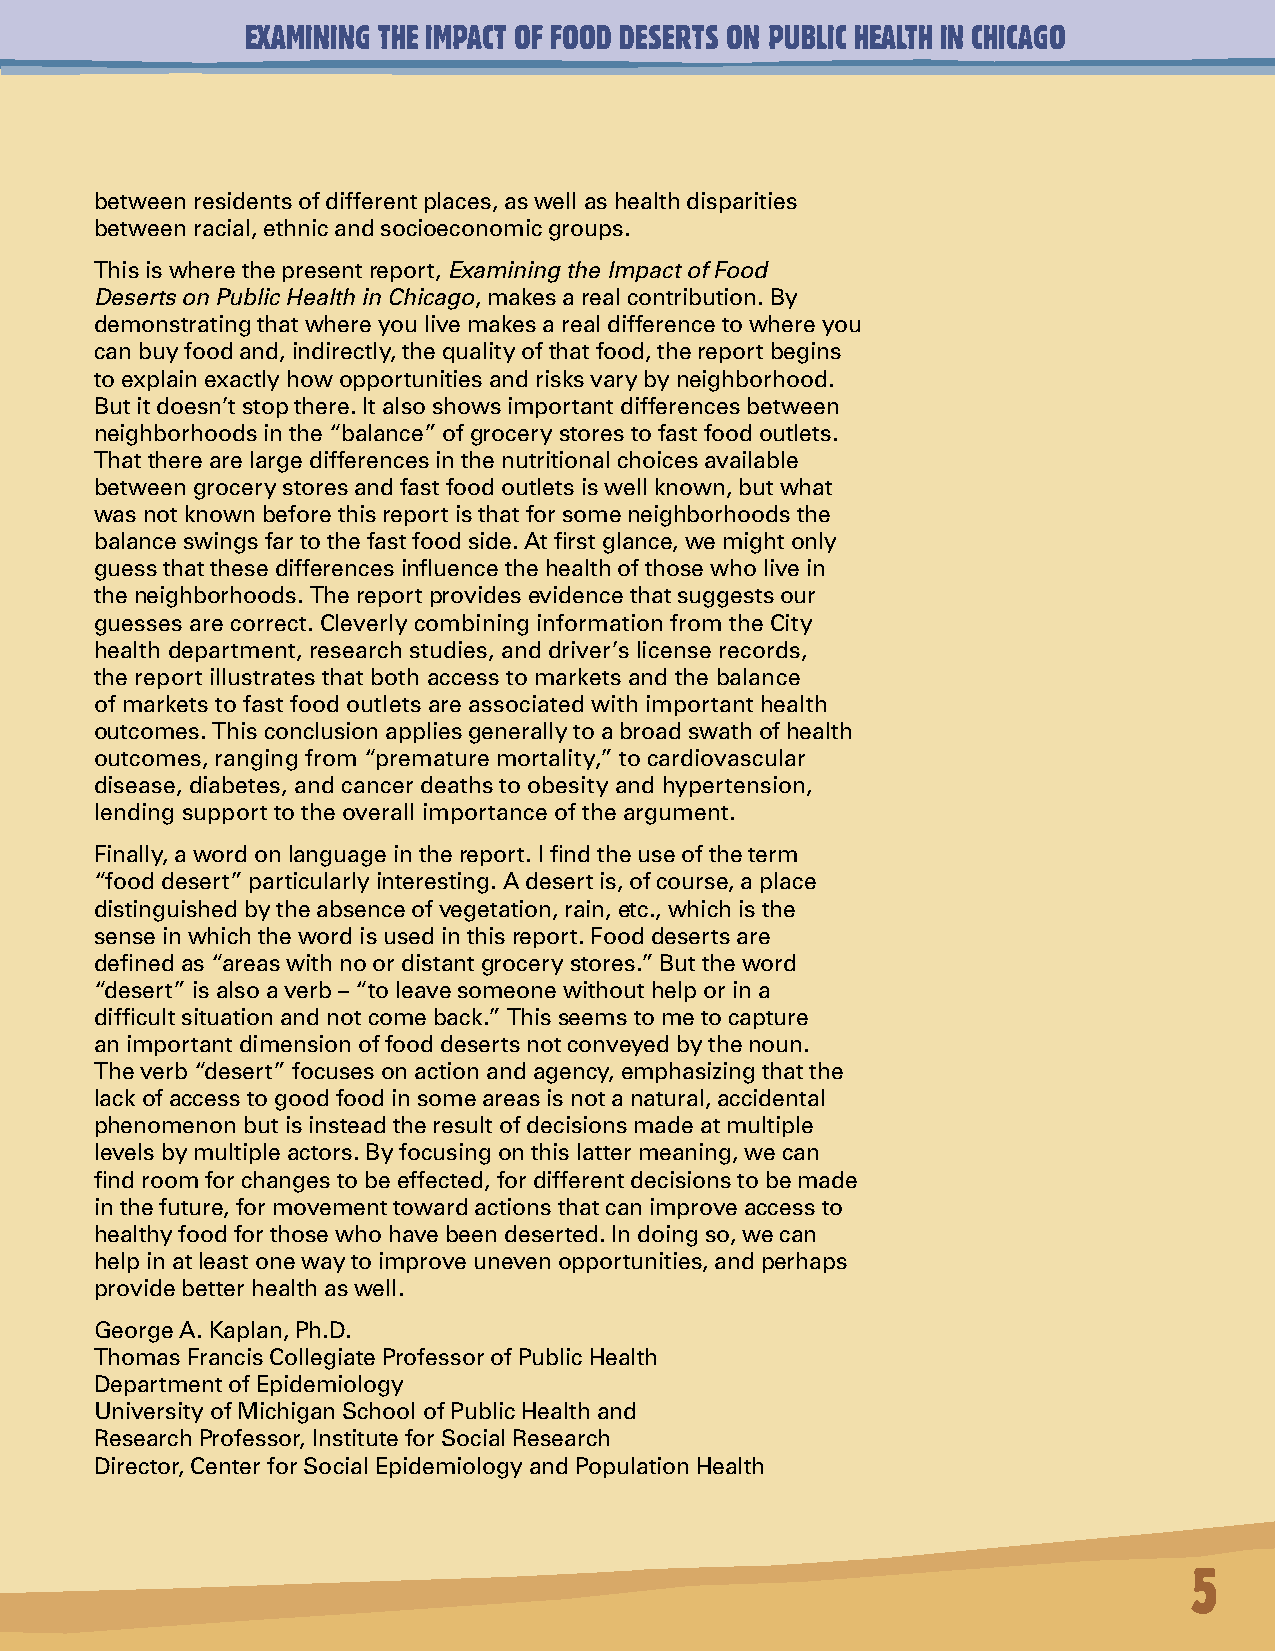
EXAMINING THE IMPACT OF FOOD DESERTS ON PUBLIC HEALTH IN CHICAGO
 between residents of different places, as well as health disparities
 between racial, ethnic and socioeconomic groups.
 This is where the present report, Examining the Impact of Food
 Deserts on Public Health in Chicago, makes a real contribution. By
 demonstrating that where you live makes a real difference to where you
 can buy food and, indirectly, the quality of that food, the report begins
 to explain exactly how opportunities and risks vary by neighborhood.
 But it doesn’t stop there. It also shows important differences between
 neighborhoods in the “balance” of grocery stores to fast food outlets.
 That there are large differences in the nutritional choices available
 between grocery stores and fast food outlets is well known, but what
 was not known before this report is that for some neighborhoods the
 balance swings far to the fast food side. At first glance, we might only
 guess that these differences influence the health of those who live in
 the neighborhoods. The report provides evidence that suggests our
 guesses are correct. Cleverly combining information from the City
 health department, research studies, and driver’s license records,
 the report illustrates that both access to markets and the balance
 of markets to fast food outlets are associated with important health
 outcomes. This conclusion applies generally to a broad swath of health
 outcomes, ranging from “premature mortality,” to cardiovascular
 disease, diabetes, and cancer deaths to obesity and hypertension,
 lending support to the overall importance of the argument.
 Finally, a word on language in the report. I find the use of the term
 “food desert” particularly interesting. A desert is, of course, a place
 distinguished by the absence of vegetation, rain, etc., which is the
 sense in which the word is used in this report. Food deserts are
 defined as “areas with no or distant grocery stores.” But the word
 “desert” is also a verb – “to leave someone without help or in a
 difficult situation and not come back.” This seems to me to capture
 an important dimension of food deserts not conveyed by the noun.
 The verb “desert” focuses on action and agency, emphasizing that the
 lack of access to good food in some areas is not a natural, accidental
 phenomenon but is instead the result of decisions made at multiple
 levels by multiple actors. By focusing on this latter meaning, we can
 find room for changes to be effected, for different decisions to be made
 in the future, for movement toward actions that can improve access to
 healthy food for those who have been deserted. In doing so, we can
 help in at least one way to improve uneven opportunities, and perhaps
 provide better health as well.
 George A. Kaplan, Ph.D.
 Thomas Francis Collegiate Professor of Public Health
 Department of Epidemiology
 University of Michigan School of Public Health and
 Research Professor, Institute for Social Research
 Director, Center for Social Epidemiology and Population Health
 5